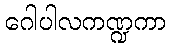
ဂေါပါလကဏ္ဍကာ